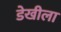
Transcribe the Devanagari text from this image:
डेखीला